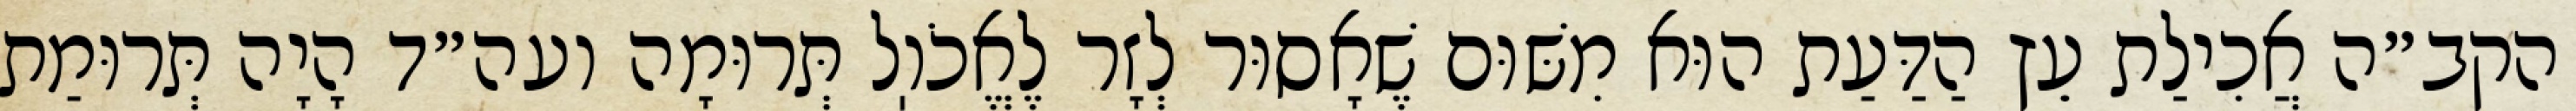
הקב״ה אֲכִילַת עֵץ הַדַּעַת הוּא מִשּׁוּם שֶׁאָסוּר לְזָר לֶאֱכֹוֽל תְּרוּמָה ועה״ד הָיָה תְּרוּמַת